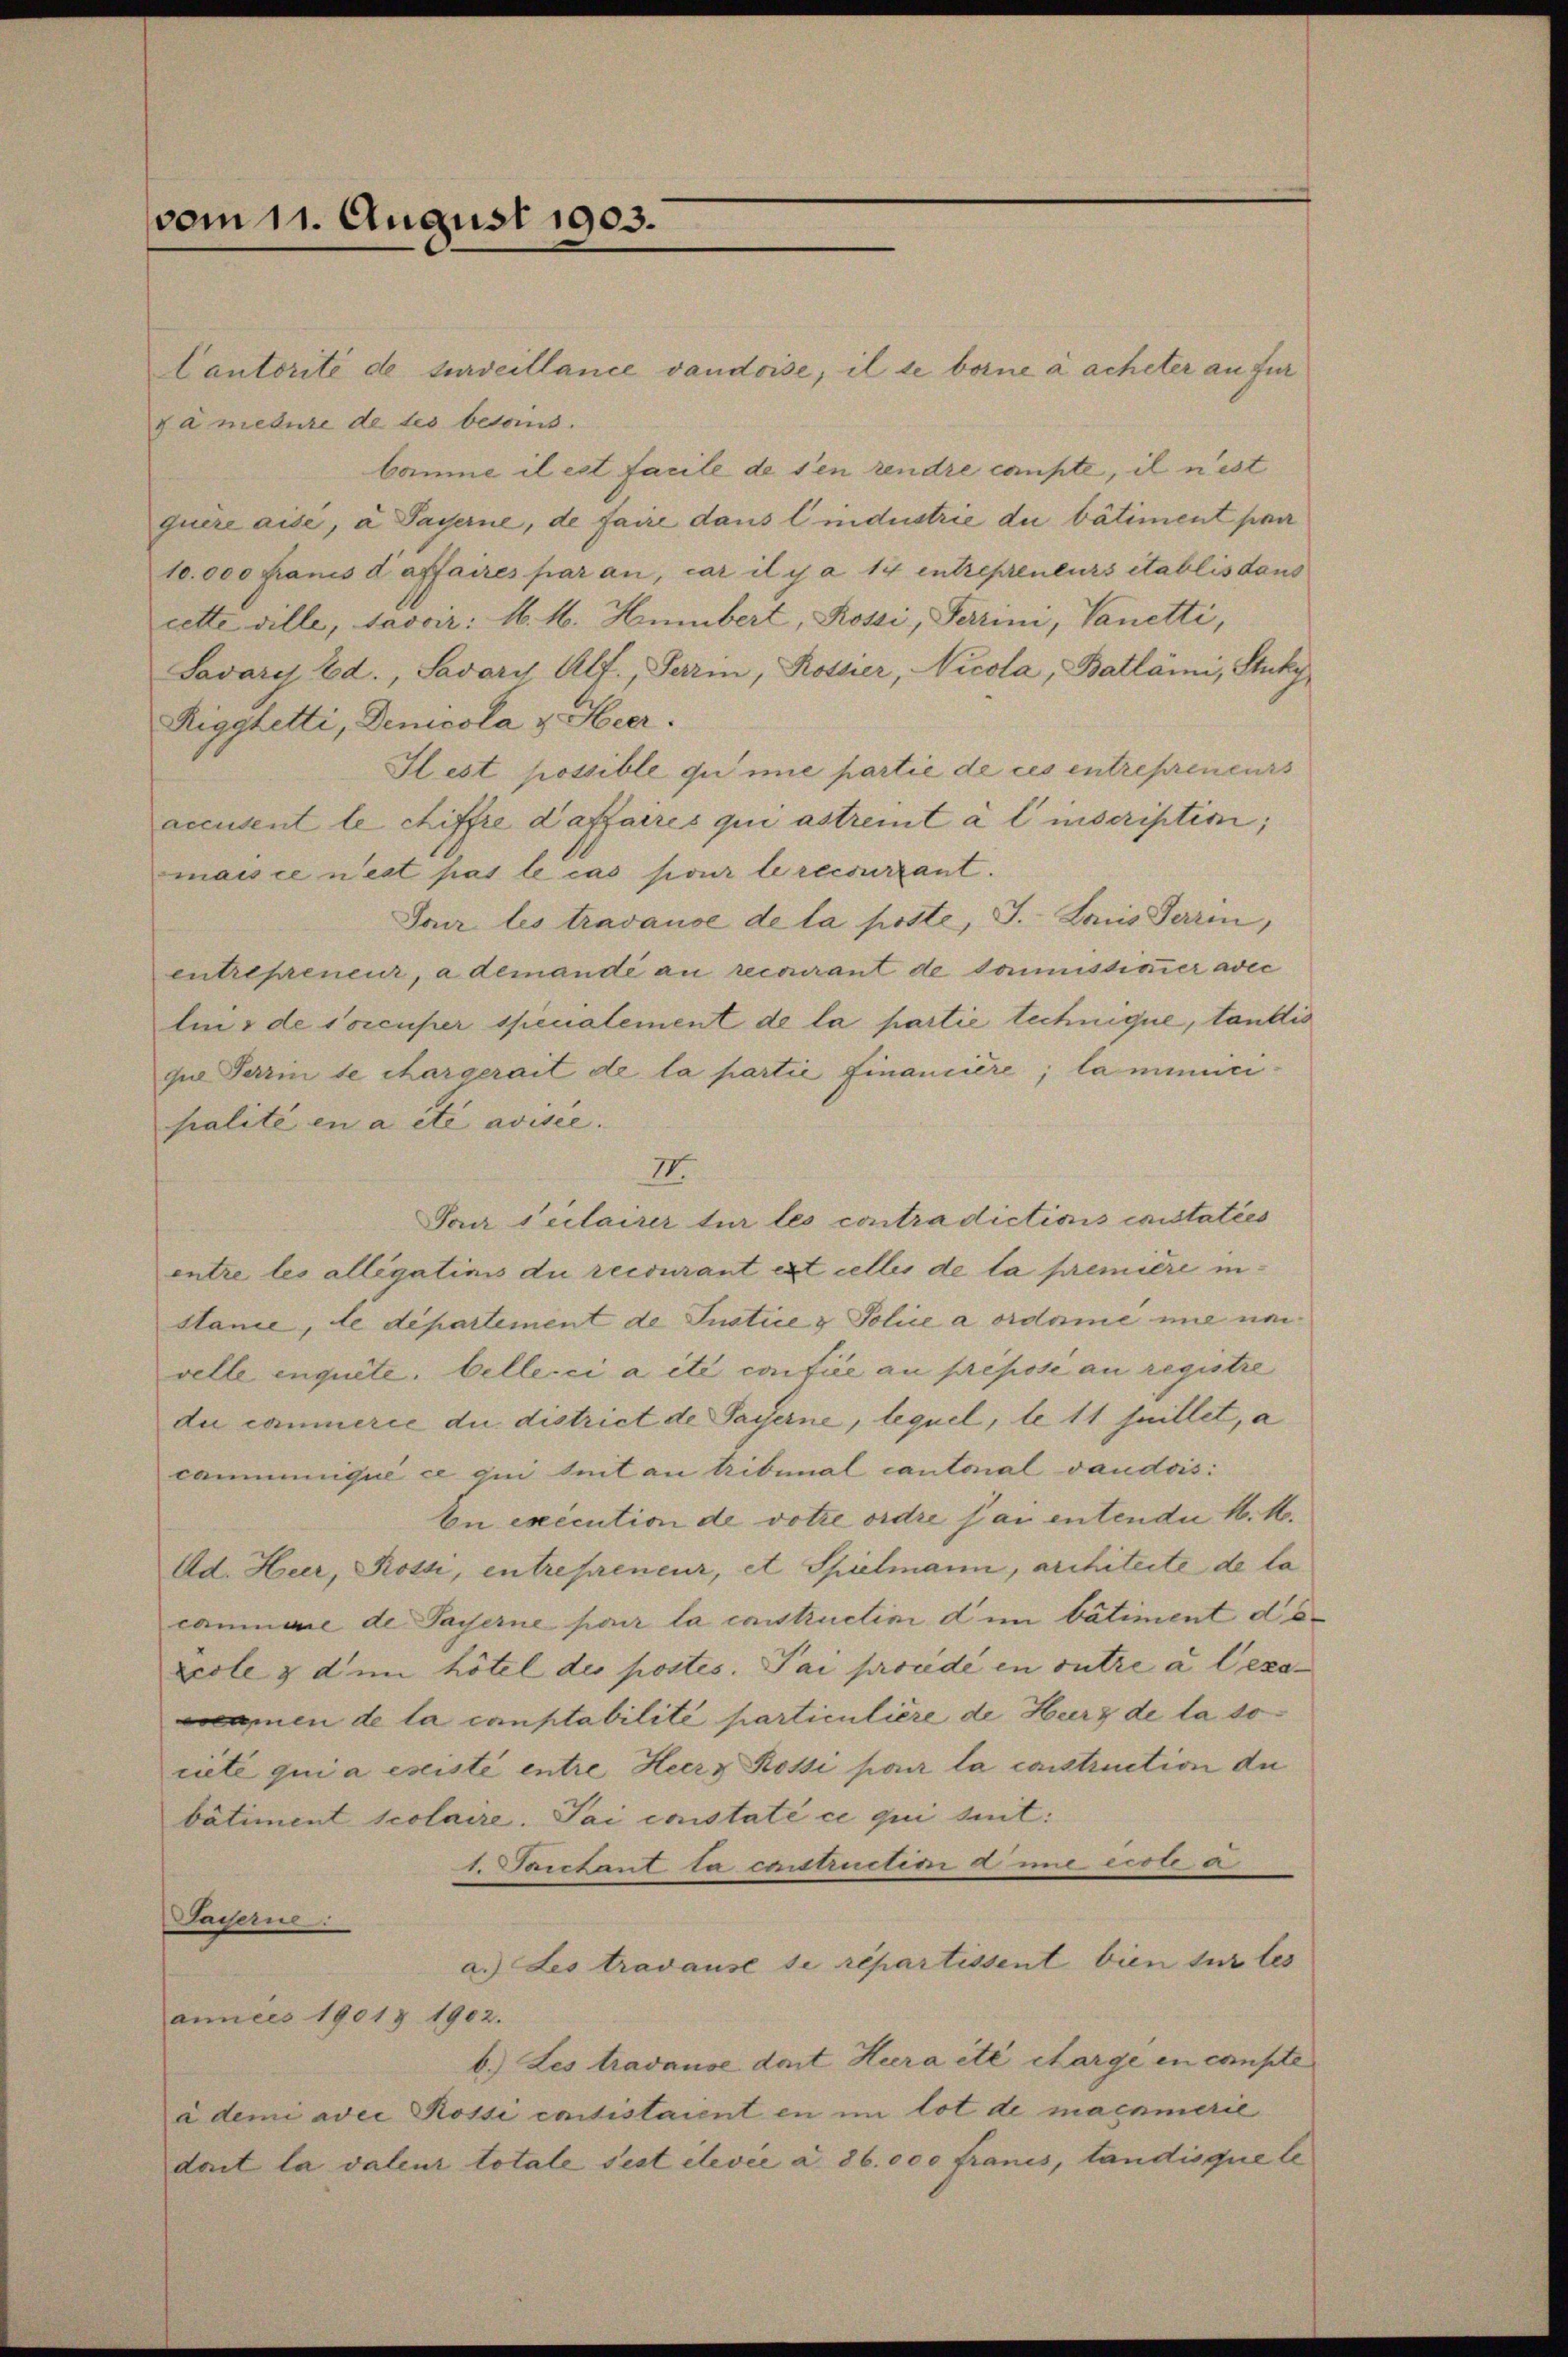
vom 11. August 1903.

Cantorité de surveillance vaudoise, il se borne à acheter an für
da medure de des besoins.
baume il est facile de sen rendre caupte, il n’est
quire aisé, à Payerne, de faire dans lindustrie du bâtiment pra
10.000 Francs d affaires par an, car il y a 14 entrepreneurs établis dans
cette ville, savoir: M. M. Heubert, Rossi, Terrini, Vanetti,
Savary Ed., Savary Alf., Serm, Rossier, Nicola, Ballämi, Stucky,
Riggletti, Denicola v. Heer.
Fest possible qui ne partie de ces entrepreneurs
accusent le chiffre daffaires qui astrent à l’inscriptin;
mais ce nest pas le cas pour le recourant.
Tour les travause de la poste, J. Lauis Terri
entrepreneur, a demandé au recourant de sommissionner avec
lin, de soccuper specialement de la partie technique, tandis
qua Parin de chargerait de la partie financiere; la mmuripalité en a etc avisée.
II.
Jac scilairer tur les contradictions cristatées
entre les allegations die recourant est celles de la première instance, le département de Justice & Police a ordame nie nac
velle enquete. bellecci a ité confiée au preposé au registre
du commerce du district de Payerne, lequel, le 11 Juillet, a
cammunique ce du tut an tribunal cantonal vaudois:
En execution de votze ordre par entenden H. M.
Ad. Heer, Rossi, entrepreneur, et Spielmann, architecte de la
camuare de Payerne pour la costructini dim bâtiment d. d.
Ecole & dem hötel des postes. Pai procede in outre u beza
en de la comptabilité particulière de Herz de la so
riete qui a existé entre Heerz Rossi par la construction du
bâtiment scolaire. Pai constaté ce qui sint:
1. Portant la constructin die est a
Saiserne:
a. Les tradause se repartissent bien sur tes
années 1901 § 1902.
b.) Les tradause dort Hera ité chargé en conste
a dem ader Rossi entistaient en im lot de manumerie
dait la valeur totale sest élevée a. 86. 000 francs, tandisque le